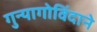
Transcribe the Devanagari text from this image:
गुन्यागोविंदाने